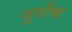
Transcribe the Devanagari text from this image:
नुरोंस